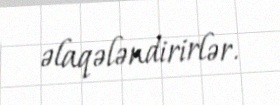
əlaqələndirirlər.